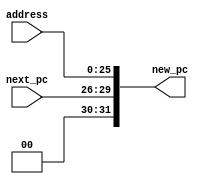
module jump(
    input wire [3:0] next_pc,
    input wire [25:0] address,
    output wire [31:0] new_pc
);

    assign new_pc = {{27'b0}, next_pc, address};

endmodule